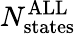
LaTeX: N_{\mathrm{states}}^{\mathrm{ALL}}